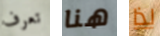
تعرف هنا لذا